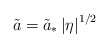
\begin{align*}\tilde{a} = \tilde{a}_*\left|\eta \right|^{1/2}\end{align*}